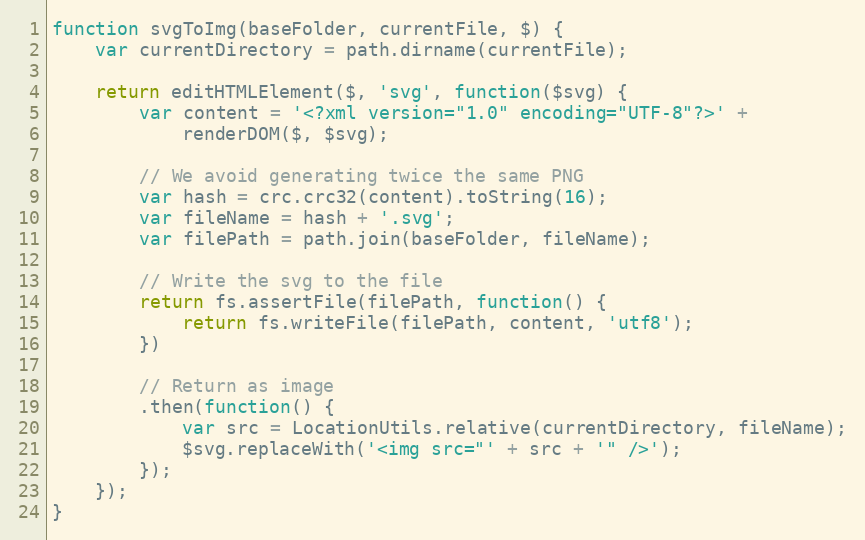
Language: JavaScript
function svgToImg(baseFolder, currentFile, $) {
    var currentDirectory = path.dirname(currentFile);

    return editHTMLElement($, 'svg', function($svg) {
        var content = '<?xml version="1.0" encoding="UTF-8"?>' +
            renderDOM($, $svg);

        // We avoid generating twice the same PNG
        var hash = crc.crc32(content).toString(16);
        var fileName = hash + '.svg';
        var filePath = path.join(baseFolder, fileName);

        // Write the svg to the file
        return fs.assertFile(filePath, function() {
            return fs.writeFile(filePath, content, 'utf8');
        })

        // Return as image
        .then(function() {
            var src = LocationUtils.relative(currentDirectory, fileName);
            $svg.replaceWith('<img src="' + src + '" />');
        });
    });
}